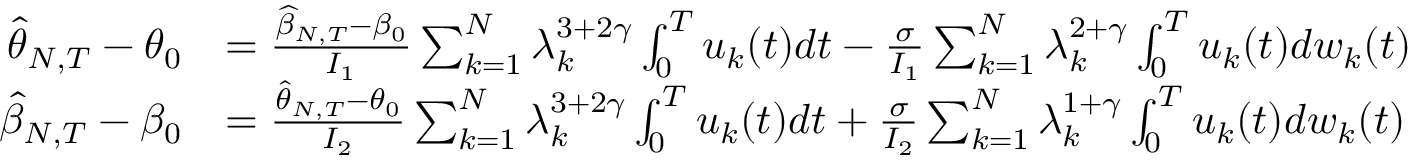
\begin{array} { r l } { \widehat { \theta } _ { N , T } - \theta _ { 0 } } & { = \frac { \widehat { \beta } _ { N , T } - \beta _ { 0 } } { I _ { 1 } } \sum _ { k = 1 } ^ { N } \lambda _ { k } ^ { 3 + 2 \gamma } \int _ { 0 } ^ { T } u _ { k } ( t ) d t - \frac { \sigma } { I _ { 1 } } \sum _ { k = 1 } ^ { N } \lambda _ { k } ^ { 2 + \gamma } \int _ { 0 } ^ { T } u _ { k } ( t ) d w _ { k } ( t ) } \\ { \widehat { \beta } _ { N , T } - \beta _ { 0 } } & { = \frac { \widehat { \theta } _ { N , T } - \theta _ { 0 } } { I _ { 2 } } \sum _ { k = 1 } ^ { N } \lambda _ { k } ^ { 3 + 2 \gamma } \int _ { 0 } ^ { T } u _ { k } ( t ) d t + \frac { \sigma } { I _ { 2 } } \sum _ { k = 1 } ^ { N } \lambda _ { k } ^ { 1 + \gamma } \int _ { 0 } ^ { T } u _ { k } ( t ) d w _ { k } ( t ) } \end{array}